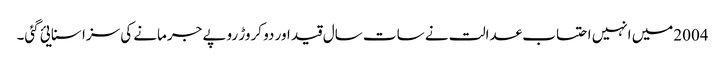
2004میں انہیں احتساب عدالت نے سات سال قید اور دو کروڑ روپے جرمانے کی سزا سنایئ گئی۔